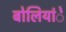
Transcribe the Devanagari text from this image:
बोलियांे